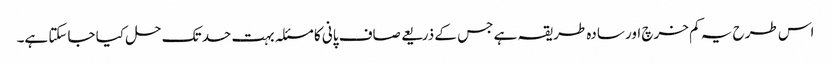
اس طرح یہ کم خرچ اور سادہ طریقہ ہے جس کے ذریعے صاف پانی کا مسئلہ بہت حد تک حل کیا جاسکتا ہے۔